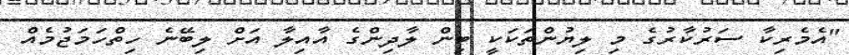
"އެމެރިކާ ސަރުކާރުގެ މި ލިޔުންތަކަކީ ބިން ލާދިންގެ އާއިލާ އަށް ލިބޭނެ ހިތްހަމަޖުމެއް